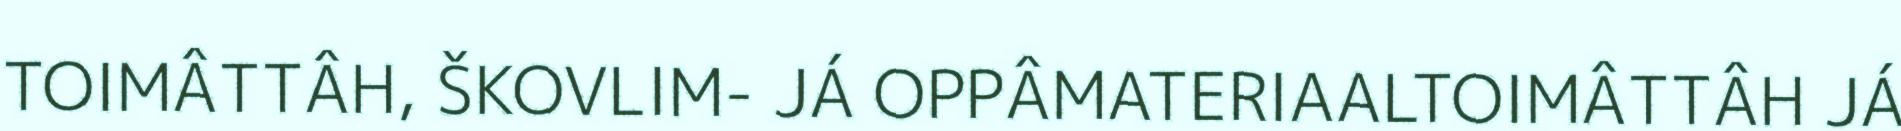
TOIMÂTTÂH, ŠKOVLIM- JÁ OPPÂMATERIAALTOIMÂTTÂH JÁ